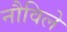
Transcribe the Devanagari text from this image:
नौविले